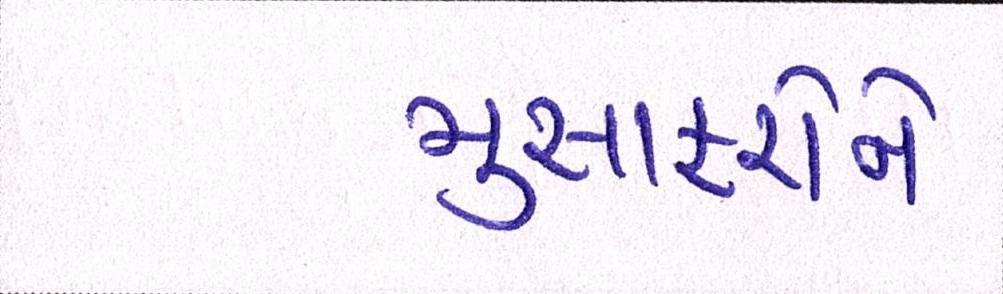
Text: મુસાફરોને